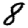
Digit: 8